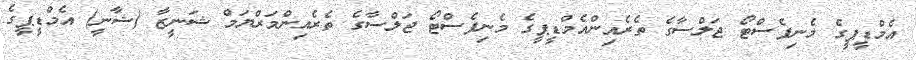
އެމްޑީޕީގެ މެނިފެސްޓޯ ޖަލްސާގެ ތެރެއިންއެމްޑީޕީގެ މެނިފެސްޓޯ ޖަލްސާގެ ތެރެއިންމަރްޔަމް ޝަނީޒާ (ޝާނީ) އެމްޑީޕީގެ